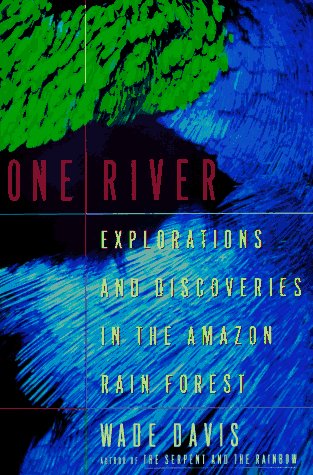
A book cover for One River: Explorations And Discoveries In The Amazon Rain Forest; Wade Davis; Science & Math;